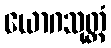
ယောဂသုတ္တံ